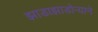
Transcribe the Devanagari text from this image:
झाडाझाडोऱ्याने